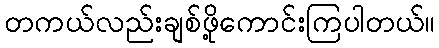
တကယ်လည်းချစ်ဖို့ကောင်းကြပါတယ်။